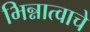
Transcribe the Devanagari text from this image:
भिन्नात्वाचे